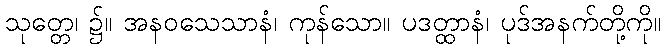
သုတ္တေ၊ ၌။ အနဝသေသာနံ၊ ကုန်သော။ ပဒတ္ထာနံ၊ ပုဒ်အနက်တို့ကို။